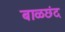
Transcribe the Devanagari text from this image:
बाळछंद